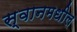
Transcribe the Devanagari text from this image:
स्वानमधील